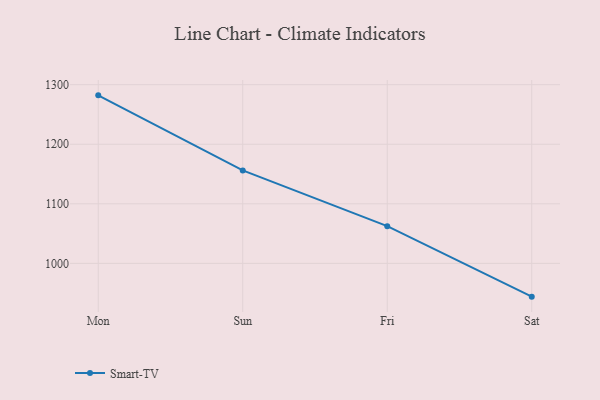
{"axis": {"x": "Day", "y": "Satisfaction Score"}, "legend": ["Smart-TV"], "data": [{"x": "Mon", "y": 1282.1, "type": "Smart-TV"}, {"x": "Sun", "y": 1156.0, "type": "Smart-TV"}, {"x": "Fri", "y": 1062.5, "type": "Smart-TV"}, {"x": "Sat", "y": 944.1, "type": "Smart-TV"}]}